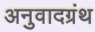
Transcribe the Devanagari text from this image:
अनुवादग्रंथ